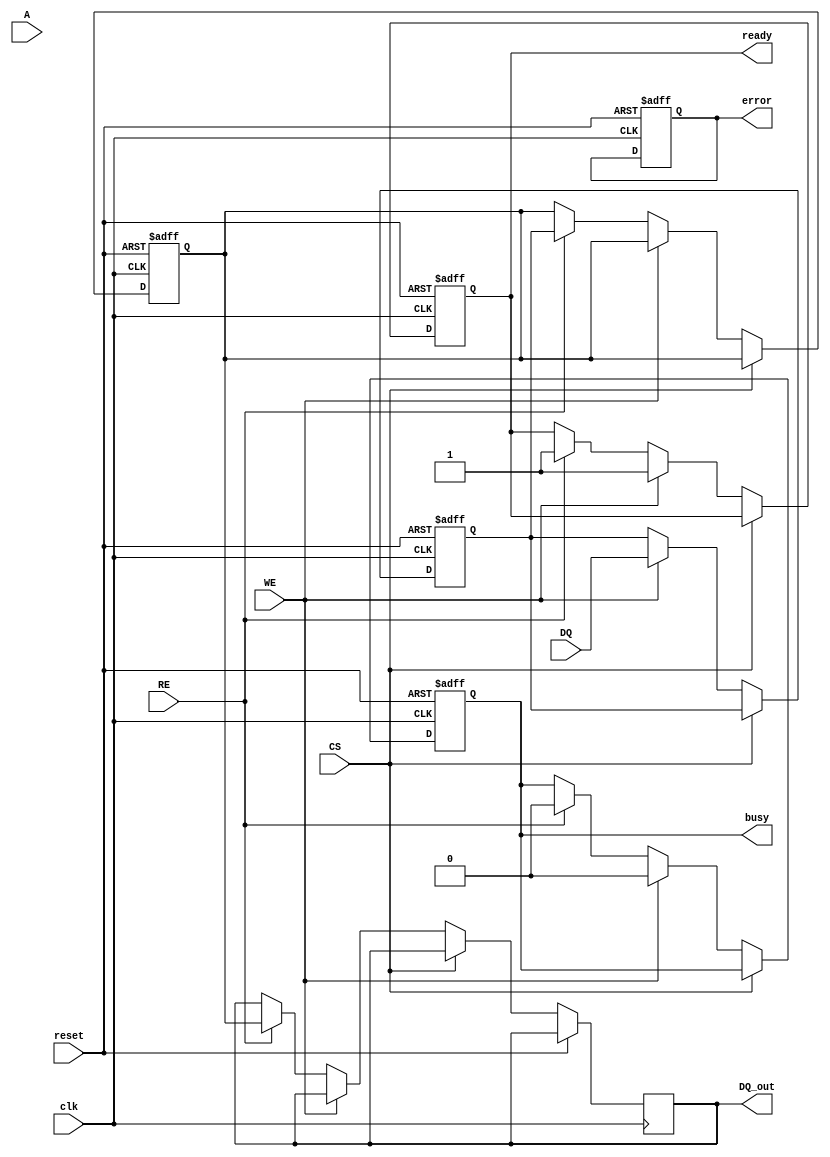
module SLC_NAND_IO_Block (
    input wire clk,              // Clock signal
    input wire reset,            // Reset signal
    input wire [N-1:0] DQ,       // Data lines (bi-directional)
    input wire [M-1:0] A,        // Address lines
    input wire CS,               // Chip Select
    input wire WE,               // Write Enable
    input wire RE,               // Read Enable
    output reg [N-1:0] DQ_out,   // Data output
    output reg busy,             // Busy status
    output reg ready,            // Ready status
    output reg error             // Error status
);

parameter N = 8; // Number of data lines
parameter M = 4; // Number of address lines

// Internal signals
reg [N-1:0] data_latch;       // Data latch for input
reg [N-1:0] output_latch;     // Output latch for data
reg [3:0] command;            // Command decoder output
reg [7:0] status_reg;         // Status register

// Command decoder
always @(posedge clk or posedge reset) begin
    if (reset) begin
        command <= 4'b0000; // Reset command
    end else if (!CS) begin
        if (WE) begin
            command <= 4'b0001; // Write command
        end else if (RE) begin
            command <= 4'b0010; // Read command
        end
    end
end

// Data latch operation
always @(posedge clk or posedge reset) begin
    if (reset) begin
        data_latch <= 0;
        output_latch <= 0;
        busy <= 0;
        ready <= 1;
        error <= 0;
    end else if (!CS) begin
        if (WE) begin
            data_latch <= DQ; // Capture input data
            busy <= 1;
            ready <= 0;
            // Simulate write operation
            #10; // Simulate write delay
            busy <= 0;
            ready <= 1;
        end else if (RE) begin
            output_latch <= data_latch; // Prepare data for output
            DQ_out <= output_latch; // Drive output
            busy <= 1;
            #10; // Simulate read delay
            busy <= 0;
            ready <= 1;
        end
    end
end

// Status register update
always @(posedge clk or posedge reset) begin
    if (reset) begin
        status_reg <= 8'b00000000; // Reset status
    end else begin
        // Update status based on operations
        if (busy) begin
            status_reg[0] <= 1; // Busy flag
        end else begin
            status_reg[0] <= 0; // Not busy
        end
        // Add more status flags as needed
    end
end

endmodule